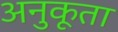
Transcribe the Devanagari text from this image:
अनुकूता